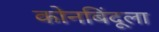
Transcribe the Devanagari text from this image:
कोनबिंदूला